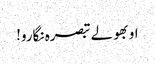
او بھولے تبصرہ نگارو!